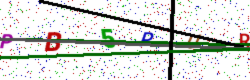
Text: PB5PUR